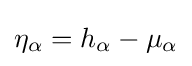
\eta _{\alpha }=h_{\alpha }-\mu _{\alpha }